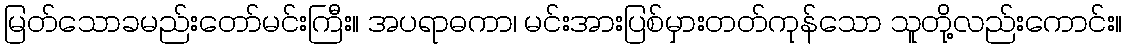
မြတ်သောခမည်းတော်မင်းကြီး။ အပရာဓကာ၊ မင်းအားပြစ်မှားတတ်ကုန်သော သူတို့လည်းကောင်း။